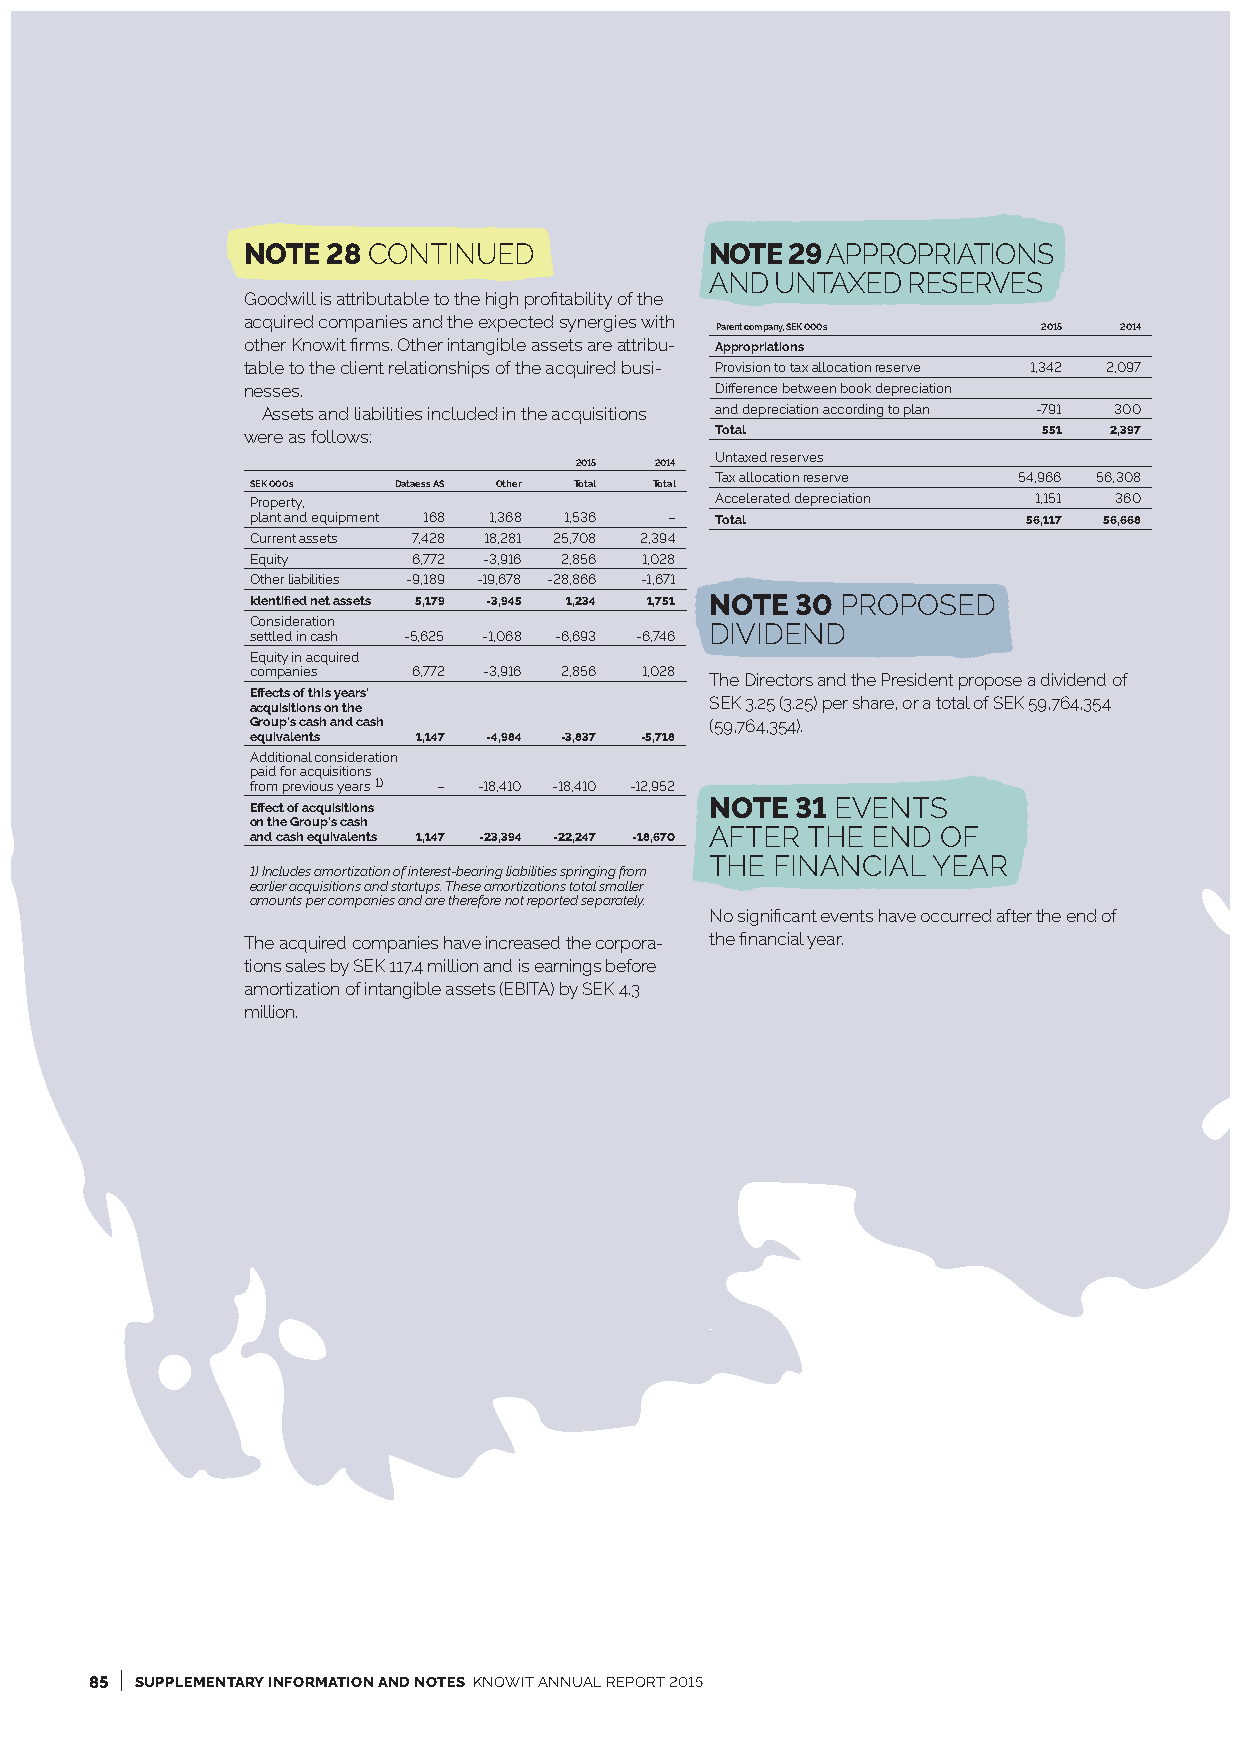
NOTE  28 CONTINUED             NOTE 29 APPROPRIATIONS
 AND UNTAXED  RESERVES
 Goodwill is attributable to the high profitability of the
 acquired companies and the expected synergies with
 Parent company, SEK 000s 2015 2014
 other Knowit firms. Other intangible assets are attribu- Appropriations
 table to the client relationships of the acquired busi- Provision to tax allocation reserve 1,342 2,097
 nesses.                        Difference between book depreciation
 Assets and liabilities included in the acquisitions and depreciation according to plan -791 300
 were as follows:               Total                 551 2,397
 Untaxed reserves
 2015 2014
 Tax allocation reserve 54,966 56,308
 SEK 000s Dataess AS Other Total Total
 Property,                     Accelerated depreciation 1,151 360
 plant and equipment 168 1,368 1,536 – Total        56,117 56,668
 Current assets 7,428 18,281 25,708 2,394
 Equity    6,772 -3,916 2,856 1,028
 Other liabilities -9,189 -19,678 -28,866 -1,671
 Identified net assets 5,179 -3,945 1,234 1,751 NOTE 30 PROPOSED
 Consideration                 DIVIDEND
 settled in cash -5,625 -1,068 -6,693 -6,746
 Equity in acquired
 companies 6,772 -3,916 2,856 1,028
 The Directors and the President propose a dividend of
 Effects of this years’
 SEK 3.25 (3.25) per share, or a total of SEK 59,764,354
 acquisitions on the
 Group’s cash and cash         (59,764,354).
 equivalents 1,147 -4,984 -3,837 -5,718
 Additional consideration
 paid for acquisitions
 from previous years 1) – -18,410 -18,410 -12,952
 NOTE  31 EVENTS
 Effect of acquisitions
 on the Group’s cash
 AFTER THE  END OF
 and cash equivalents 1,147 -23,394 -22,247 -18,670
 THE FINANCIAL  YEAR
 1) Includes amortization of interest-bearing liabilities springing from
 earlier acquisitions and startups. These amortizations total smaller
 amounts per companies and are therefore not reported separately.
 No significant events have occurred after the end of
 The acquired companies have increased the corpora- the financial year.
 tions sales by SEK 117.4 million and is earnings before
 amortization of intangible assets (EBITA) by SEK 4.3
 million.
 I
 85 SUPPLEMENTARY INFORMATION AND NOTES KNOWIT ANNUAL REPORT 2015